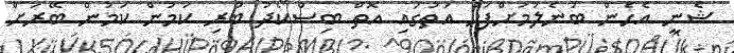
ޝެނީ އެހެން ބުނެލުމަށްފަހު އަތުގައި އޮތް ބިސްކޯދު ބުރި ކަމުން ކަމުން ބޭރަށް